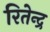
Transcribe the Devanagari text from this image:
रितेन्द्र